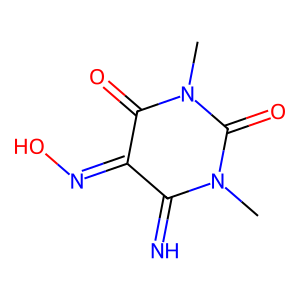
SMILES: CN1C(=N)C(=NO)C(=O)N(C)C1=O
Inhibits HIV replication: No